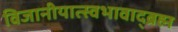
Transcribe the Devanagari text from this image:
विजानीयात्स्वभावाद्ब्रह्म